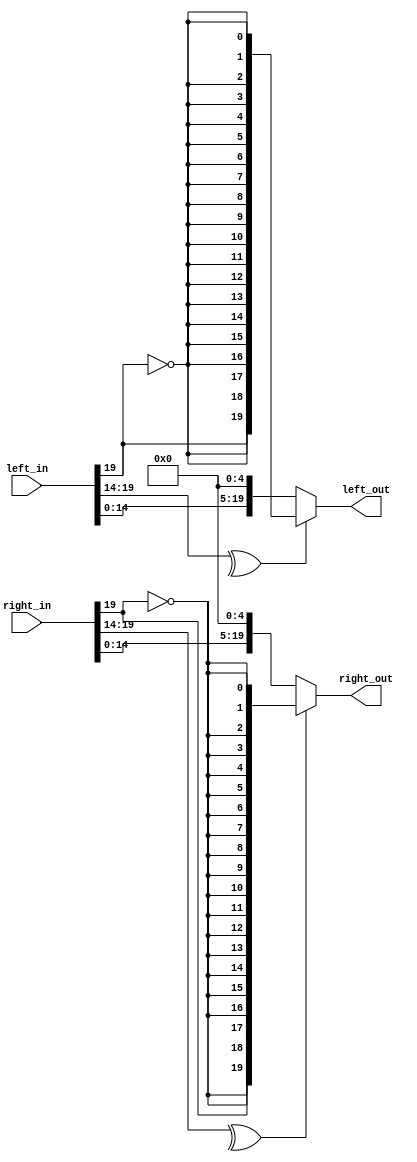
/*  This file is part of JT12.

    JT12 is free software: you can redistribute it and/or modify
    it under the terms of the GNU General Public License as published by
    the Free Software Foundation, either version 3 of the License, or
    (at your option) any later version.

    JT12 is distributed in the hope that it will be useful,
    but WITHOUT ANY WARRANTY; without even the implied warranty of
    MERCHANTABILITY or FITNESS FOR A PARTICULAR PURPOSE.  See the
    GNU General Public License for more details.

    You should have received a copy of the GNU General Public License
    along with JT12.  If not, see <http://www.gnu.org/licenses/>.

	Author: Jose Tejada Gomez. Twitter: @topapate
	Version: 1.0
	Date: March, 10th 2017
	*/

/* Limiting amplifier by 3dB * shift */

`timescale 1ns / 1ps

module jt12_limitamp #( parameter width=20, shift=5 ) (
	input signed [width-1:0] left_in,
	input signed [width-1:0] right_in,
	output reg signed [width-1:0] left_out,
	output reg signed [width-1:0] right_out
);

always @(*) begin
	left_out = ^left_in[width-1:width-1-shift] ?
		{ left_in[width-1], {(width-1){~left_in[width-1]}}} :
		left_in <<< shift;

	right_out = ^right_in[width-1:width-1-shift] ?
		{ right_in[width-1], {(width-1){~right_in[width-1]}}} :
		right_in <<< shift;
end

endmodule